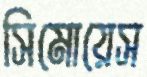
সিমোয়েস